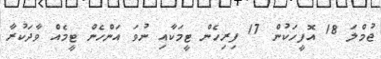
ޖުމްލަ 18 އޮފީހަކުން 17 ފިރިހެން ޓީމަކާއި ނުވަ އަންހެން ޓީމެއް ވާދަކުރާ